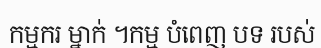
កម្មករ ម្នាក់ ។កម្ម បំពេញ បទ របស់